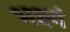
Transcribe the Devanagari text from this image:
भक्ष्यं